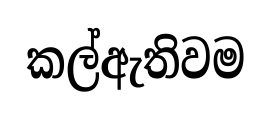
කල්ඇතිවම